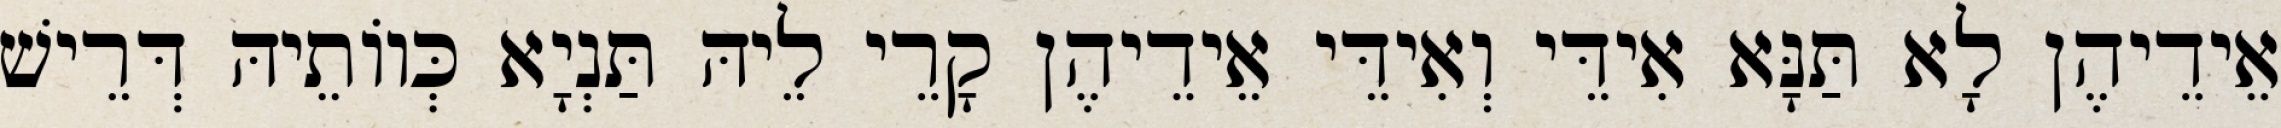
אֵידֵיהֶן לָא תַּנָּא אִידֵּי וְאִידֵּי אֵידֵיהֶן קָרֵי לֵיהּ תַּנְיָא כְּווֹתֵיהּ דְּרֵישׁ